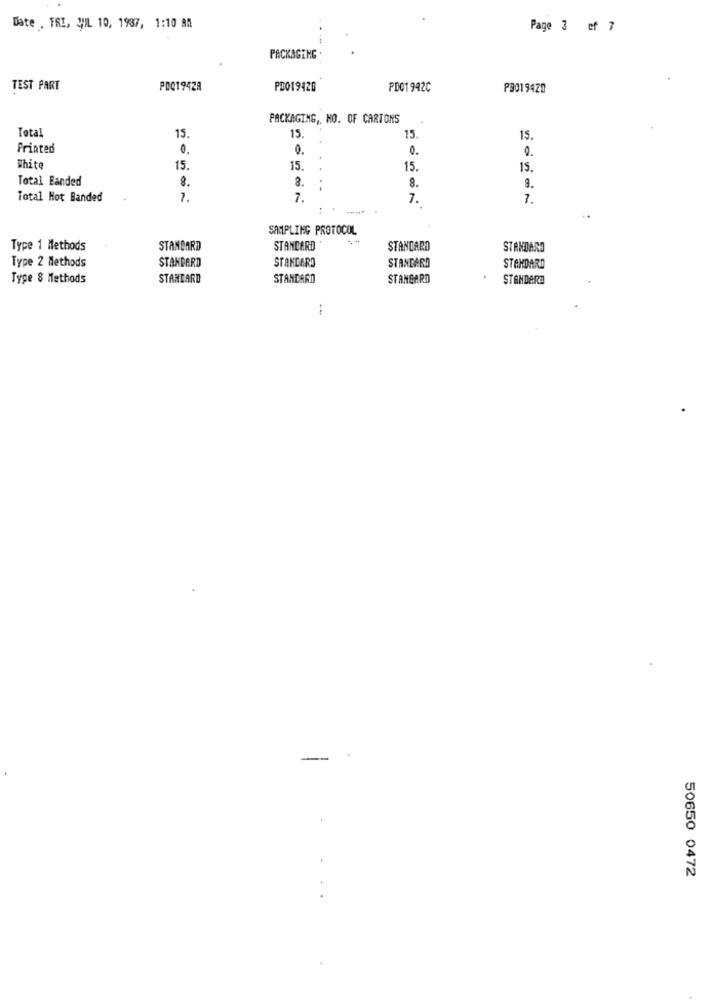
Date . FRI, VIL 10, 1987, 1:10 ah
Page 3 cf 7
PACKAGING
TEST PART
POQ1942A
PD019420
PD01 942C
P3019420
PACKAGING, NO. OF CARTONS
Total
15
15.
15.
15.
Printed
0.
0.
0.
0.
White
15.
15.
15
15.
Total Eanded
8.
8.
8.
9.
Total Hot Banded
7.
7.
7.
SAMPLING PROTOCOL
Type 1 Methods
STANDARD
STANDARD
STANDARD
STANDARD
Type 2 Methods
STANDARD
STANDARD
STANDARD
STANDARD
Type 8 Methods
STANDARD
STANDARD
STANDARD
STANDARD
-
50650 0472